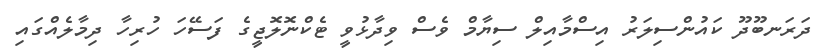
ދަރަނބޫދޫ ކައުންސިލަރު އިސްމާއިލް ސިޔާމް ވެސް ވިދާޅުވީ ޓެކްނޮލޮޖީގެ ފަސޭހަ ހުރިހާ ދިމާލެއްގައި